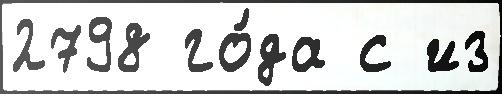
2798 го́да с из